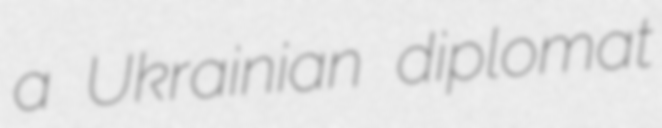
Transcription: a Ukrainian diplomat